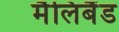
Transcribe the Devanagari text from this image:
मैलिबैंड